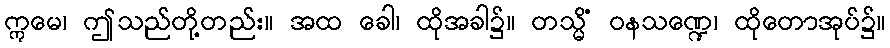
ဣမေ၊ ဤသည်တို့တည်း။ အထ ခေါ၊ ထိုအခါ၌။ တသ္မိံ ဝနသဏ္ဍေ၊ ထိုတောအုပ်၌။